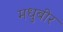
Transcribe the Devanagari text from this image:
मधुबीर